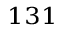
^ { 1 3 1 }